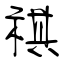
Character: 祺